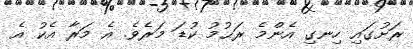
ރަށުގައި ހިނގި އެންމެ ރަޙުމު ކުޑަ މަރެވެ. އެ މަރާ އެކު އެ